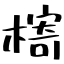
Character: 槣